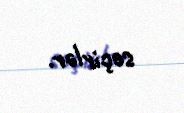
seçirlər.